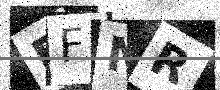
Text: EFNR